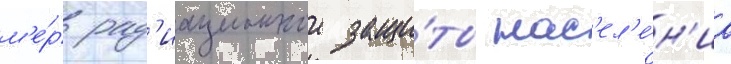
м'е́р рад'иационнои защи́ты нас'ел'е́н'иа